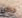
دافن